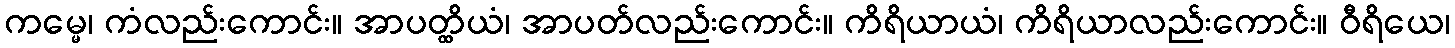
ကမ္မေ၊ ကံလည်းကောင်း။ အာပတ္ထိယံ၊ အာပတ်လည်းကောင်း။ ကိရိယာယံ၊ ကိရိယာလည်းကောင်း။ ဝီရိယေ၊